Indian journal of veterinary science and animal husbandry - Volume 11,
Year: 1941
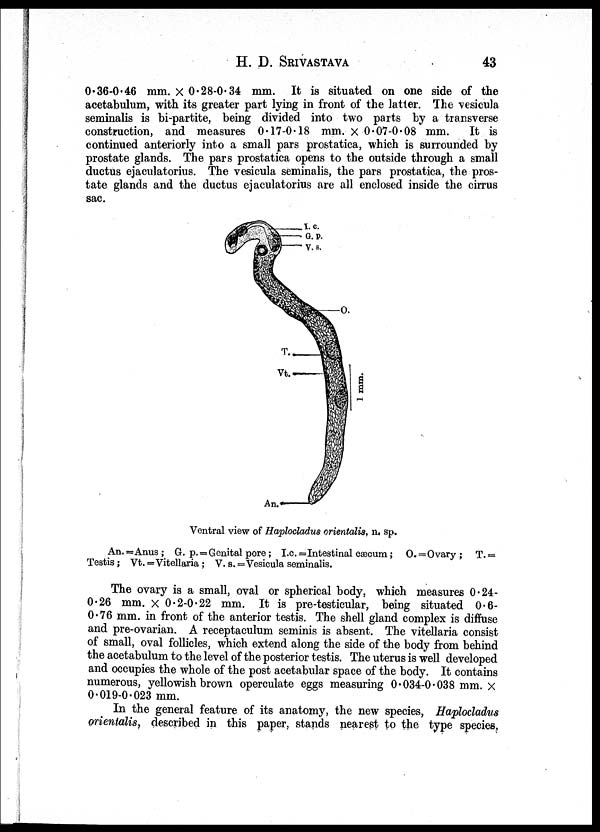
H. D.
SRIVASTAVA
43
0.36-0.46 mm. × 0.28-0.34 mm. It is situated on one side of the
acetabulum, with its greater part lying in front of the latter. The vesicula
seminalis is bi-partite, being divided into two parts by a transverse
construction, and measures 0.17-0.18 mm. × 0.07-0.08 mm. It is
continued anteriorly into a small pars prostatica, which is surrounded by
prostate glands. The pars prostatica opens to the outside through a small
ductus ejaculatorius. The vesicula seminalis, the pars prostatica, the pros-
tate glands and the ductus ejaculatorius are all enclosed inside the cirrus
sac.
Ventral view of Haplocladus orientalise n. sp.
An. =Anus ; G. p. = Genital pore ; I.c. =Intestinal cæcum; O.=Ovary ; T. =
Testis; Vt. = Vitellaria ; V.s. = Vesicula seminalis.
The ovary is a small, oval or spherical body, which measures 0.24-
0.26 mm. × 0.2-0.22 mm. It is pre-testicular, being situated 0.6-
0.76 mm. in front of the anterior testis. The shell gland complex is diffuse
and pre-ovarian. A receptaculum seminis is absent. The vitellaria consist
of small, oval follicles, which extend along the side of the body from behind
the acetabulum to the level of the posterior testis. The uterus is well developed
and occupies the whole of the post acetabular space of the body. It contains
numerous, yellowish brown operculate eggs measuring 0.034-0.038 mm. ×
0.019-0.023 mm.
In the general feature of its anatomy, the new species, Haplocladus
orientalis, described in this paper, stands nearest to the type species,